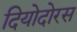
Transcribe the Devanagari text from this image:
दियोदोरस